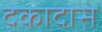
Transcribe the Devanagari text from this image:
देकादास